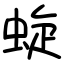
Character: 蜁